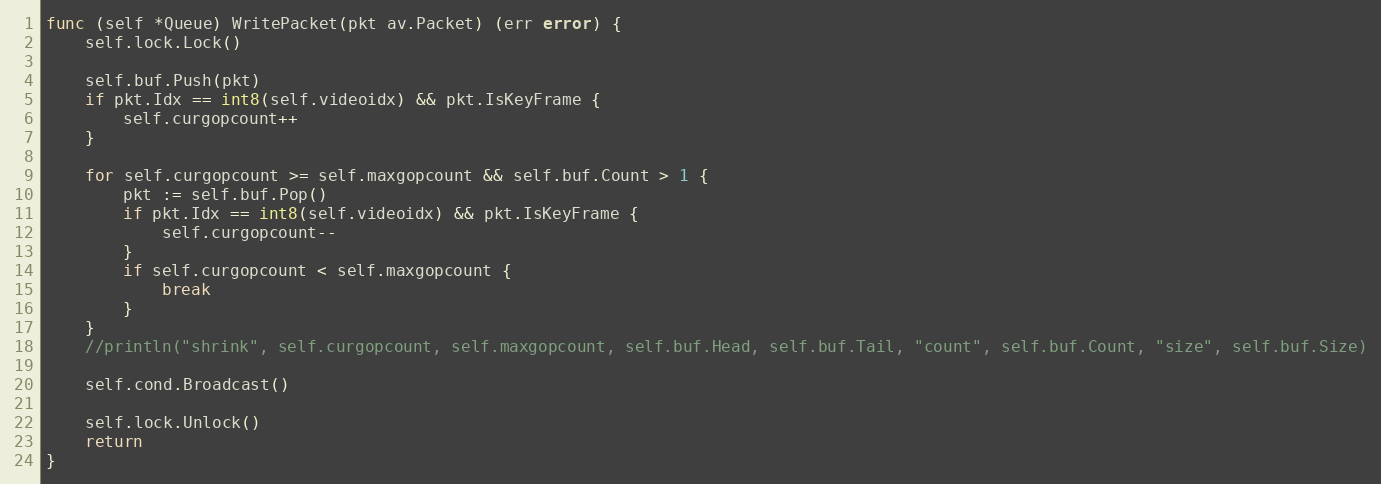
Language: Go
func (self *Queue) WritePacket(pkt av.Packet) (err error) {
	self.lock.Lock()

	self.buf.Push(pkt)
	if pkt.Idx == int8(self.videoidx) && pkt.IsKeyFrame {
		self.curgopcount++
	}

	for self.curgopcount >= self.maxgopcount && self.buf.Count > 1 {
		pkt := self.buf.Pop()
		if pkt.Idx == int8(self.videoidx) && pkt.IsKeyFrame {
			self.curgopcount--
		}
		if self.curgopcount < self.maxgopcount {
			break
		}
	}
	//println("shrink", self.curgopcount, self.maxgopcount, self.buf.Head, self.buf.Tail, "count", self.buf.Count, "size", self.buf.Size)

	self.cond.Broadcast()

	self.lock.Unlock()
	return
}